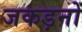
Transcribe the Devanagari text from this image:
जकड़नों